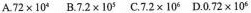
A.$$72\times 10^{4}$$ B.$$7.2\times 10^{5}$$ C.$$7.2\times 10^{6}$$ D.$$0.72\times 10^{6}$$